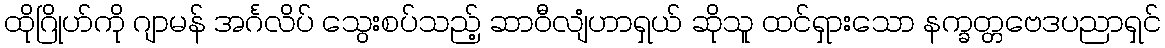
ထိုဂြိုဟ်ကို ဂျာမန် အင်္ဂလိပ် သွေးစပ်သည့် ဆာဝီလျံဟာရှယ် ဆိုသူ ထင်ရှားသော နက္ခတ္တဗေဒပညာရှင်